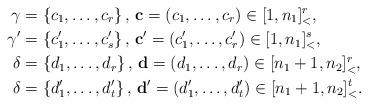
LaTeX: \begin{align*}\gamma&=\{c_1,\dots,c_r\}\,,\, \mathbf{c}=(c_1,\dots,c_r)\in[1,n_1]_<^r,\\\gamma'&=\{c'_1,\dots,c'_s\}\,,\, \mathbf{c'}=(c'_1,\dots,c'_r)\in[1,n_1]_<^s,\\\delta&=\{d_1,\dots,d_r\}\,,\, \mathbf{d}=(d_1,\dots,d_r)\in[n_1+1,n_2]_<^r,\\\delta&=\{d'_1,\dots,d'_t\}\,,\, \mathbf{d'}=(d'_1,\dots,d'_t)\in[n_1+1,n_2]_<^t.\end{align*}